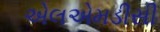
એલએમડીસી